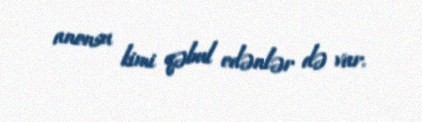
anonsu kimi qəbul edənlər də var.